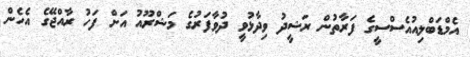
އެމްޑަބްލިއުއެސްސީގެ ފަރާތުން ރަޝީދު ވިދާޅުވީ ދުވާފަރުގެ މަޝްރޫއު އަށް ފަހު ރާއްޖޭގެ އެހެން